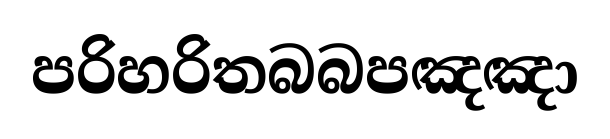
පරිහරිතබබපඤඤා